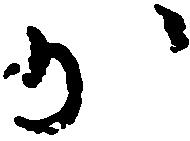
少